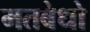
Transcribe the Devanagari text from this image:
मतबेधो